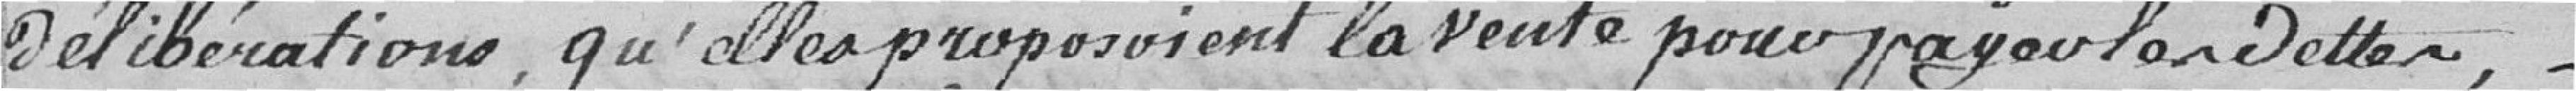
délibérations, qu'elle proposoient la vente pour payer la dette,